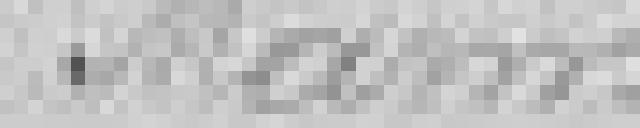
Mann